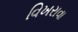
વિખરાવા